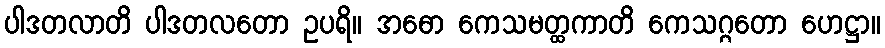
ပါဒတလာတိ ပါဒတလတော ဥပရိ။ အဓော ကေသမတ္ထကာတိ ကေသဂ္ဂတော ဟေဋ္ဌာ။